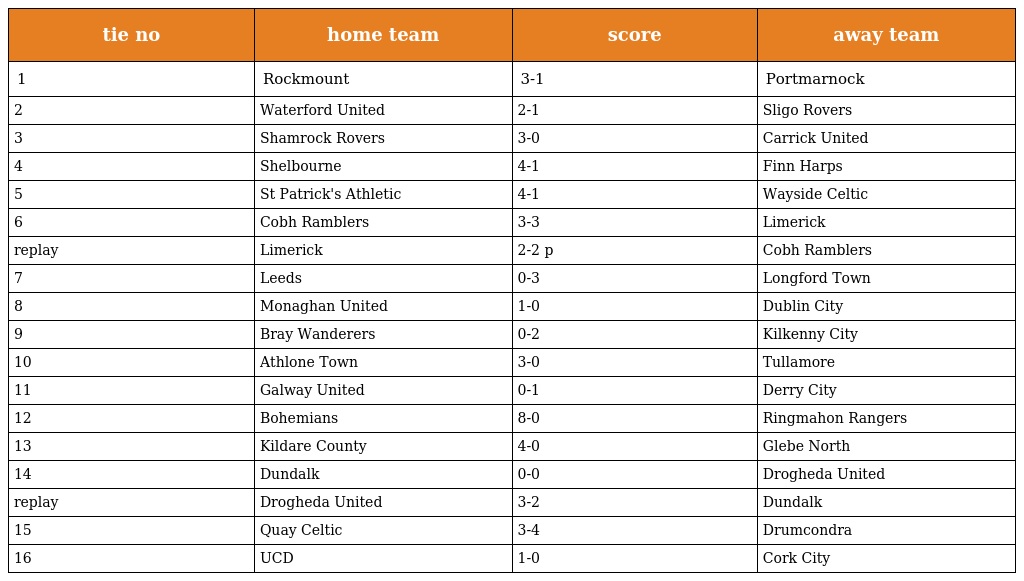
| tie no | home team | score | away team |
 | --- | --- | --- | --- |
 | 1 | Rockmount | 3-1 | Portmarnock |
 | 2 | Waterford United | 2-1 | Sligo Rovers |
 | 3 | Shamrock Rovers | 3-0 | Carrick United |
 | 4 | Shelbourne | 4-1 | Finn Harps |
 | 5 | St Patrick's Athletic | 4-1 | Wayside Celtic |
 | 6 | Cobh Ramblers | 3-3 | Limerick |
 | replay | Limerick | 2-2 p | Cobh Ramblers |
 | 7 | Leeds | 0-3 | Longford Town |
 | 8 | Monaghan United | 1-0 | Dublin City |
 | 9 | Bray Wanderers | 0-2 | Kilkenny City |
 | 10 | Athlone Town | 3-0 | Tullamore |
 | 11 | Galway United | 0-1 | Derry City |
 | 12 | Bohemians | 8-0 | Ringmahon Rangers |
 | 13 | Kildare County | 4-0 | Glebe North |
 | 14 | Dundalk | 0-0 | Drogheda United |
 | replay | Drogheda United | 3-2 | Dundalk |
 | 15 | Quay Celtic | 3-4 | Drumcondra |
 | 16 | UCD | 1-0 | Cork City |